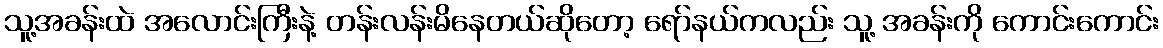
သူ့အခန်းထဲ အလောင်းကြီးနဲ့ တန်းလန်းမိနေတယ်ဆိုတော့ ရော်နယ်ကလည်း သူ့ အခန်းကို ကောင်းကောင်း